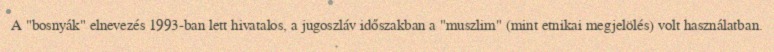
A "bosnyák" elnevezés 1993-ban lett hivatalos, a jugoszláv időszakban a "muszlim" (mint etnikai megjelölés) volt használatban.